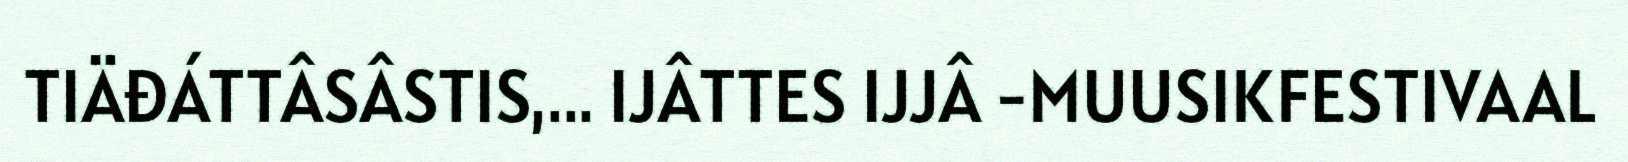
TIÄĐÁTTÂSÂSTIS,... IJÂTTES IJJÂ -MUUSIKFESTIVAAL